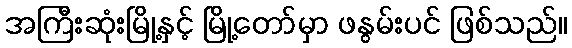
အကြီးဆုံးမြို့နှင့် မြို့တော်မှာ ဖနွမ်းပင် ဖြစ်သည်။